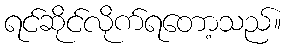
ရင်ဆိုင်လိုက်ရတော့သည်။